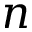
n